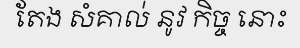
តែង សំគាល់ នូវ កិច្ច នោះ